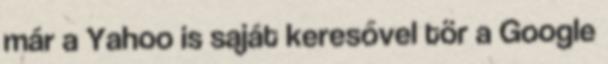
már a Yahoo is saját keresővel tör a Google